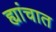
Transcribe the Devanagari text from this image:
ह्यांचात